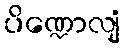
ပိဏ္ဍောလျံ